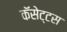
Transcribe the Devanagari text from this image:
कॅसेट्टस